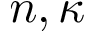
{ n , \kappa }